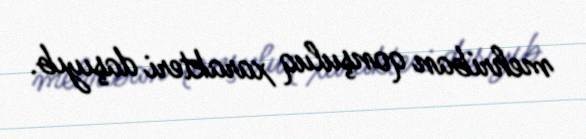
mehriban qonşuluq xarakteri daşıyıb.